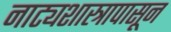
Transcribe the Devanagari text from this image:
नाट्यशास्त्रापासून